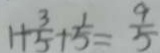
1 + \frac { 3 } { 5 } + \frac { 1 } { 5 } = \frac { 9 } { 5 }